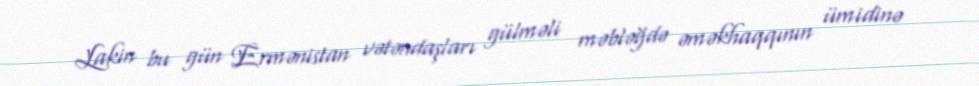
Lakin bu gün Ermənistan vətəndaşları gülməli məbləğdə əməkhaqqının ümidinə